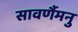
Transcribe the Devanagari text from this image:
सावर्णैमनु